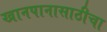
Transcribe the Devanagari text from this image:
खानपानासाठीचा